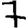
Digit: 7